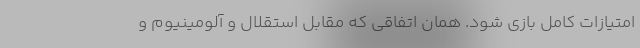
امتیازات کامل بازی شود. همان اتفاقی که مقابل استقلال و آلومینیوم و